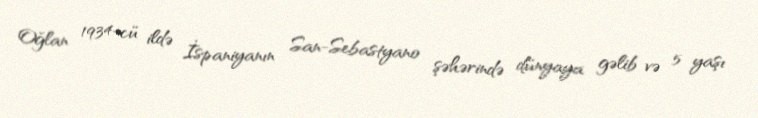
Oğlan 1934-cü ildə İspaniyanın San-Sebastyano şəhərində dünyaya gəlib və 5 yaşı